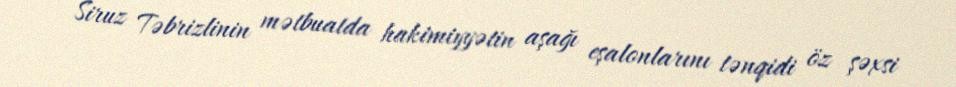
Siruz Təbrizlinin mətbuatda hakimiyyətin aşağı eşalonlarını tənqidi öz şəxsi